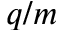
q / m